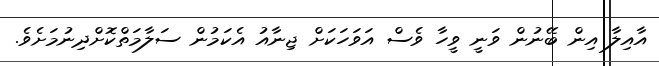
އާއިލާ އިން ބޭނުން ވަނީ ވީހާ ވެސް އަވަހަކަށް ޖިނާއު އެކަމުން ސަލާމަތްކޮށްދިނުމަށެވެ.